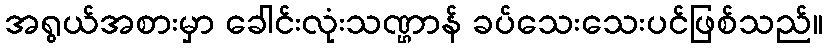
အရွယ်အစားမှာ ခေါင်းလုံးသဏ္ဌာန် ခပ်သေးသေးပင်ဖြစ်သည်။